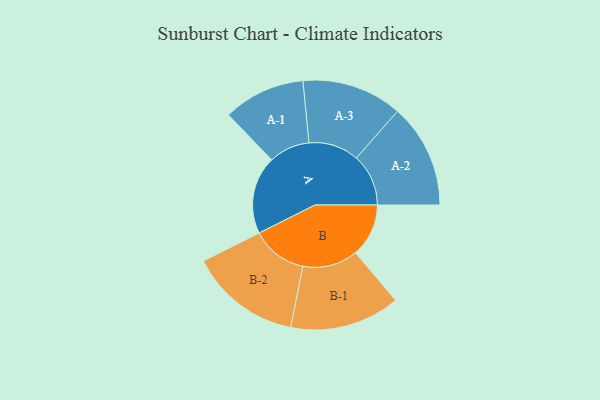
{"axis": {"x": "Segment", "y": "Value"}, "legend": ["", "A", "B"], "data": [{"x": "A", "y": 414, "type": ""}, {"x": "B", "y": 283, "type": ""}, {"x": "A-1", "y": 218, "type": "A"}, {"x": "A-2", "y": 277, "type": "A"}, {"x": "A-3", "y": 267, "type": "A"}, {"x": "B-1", "y": 293, "type": "B"}, {"x": "B-2", "y": 297, "type": "B"}]}